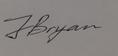
Signature authenticity: genuine